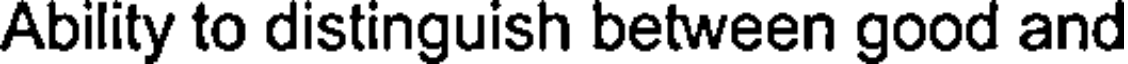
Ability to distinguish between good and